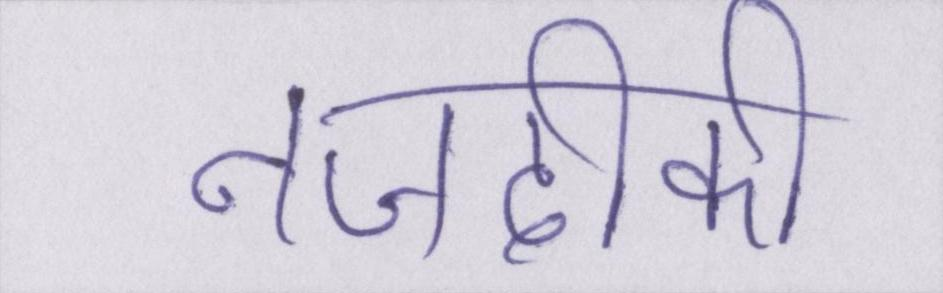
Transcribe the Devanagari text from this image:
नजदीकी